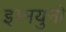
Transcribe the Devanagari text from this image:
इम्मयुनो